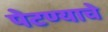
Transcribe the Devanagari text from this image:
पेटण्याचे